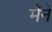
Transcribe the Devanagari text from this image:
मैंनें